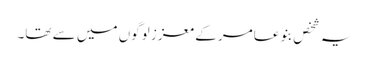
یہ شخص بنو عامر کے معزز لوگوں میں سے تھا۔